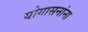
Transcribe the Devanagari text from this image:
योगासनांना